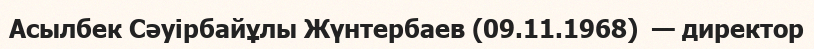
Асылбек Сәуірбайұлы Жүнтербаев (09.11.1968)  — директор